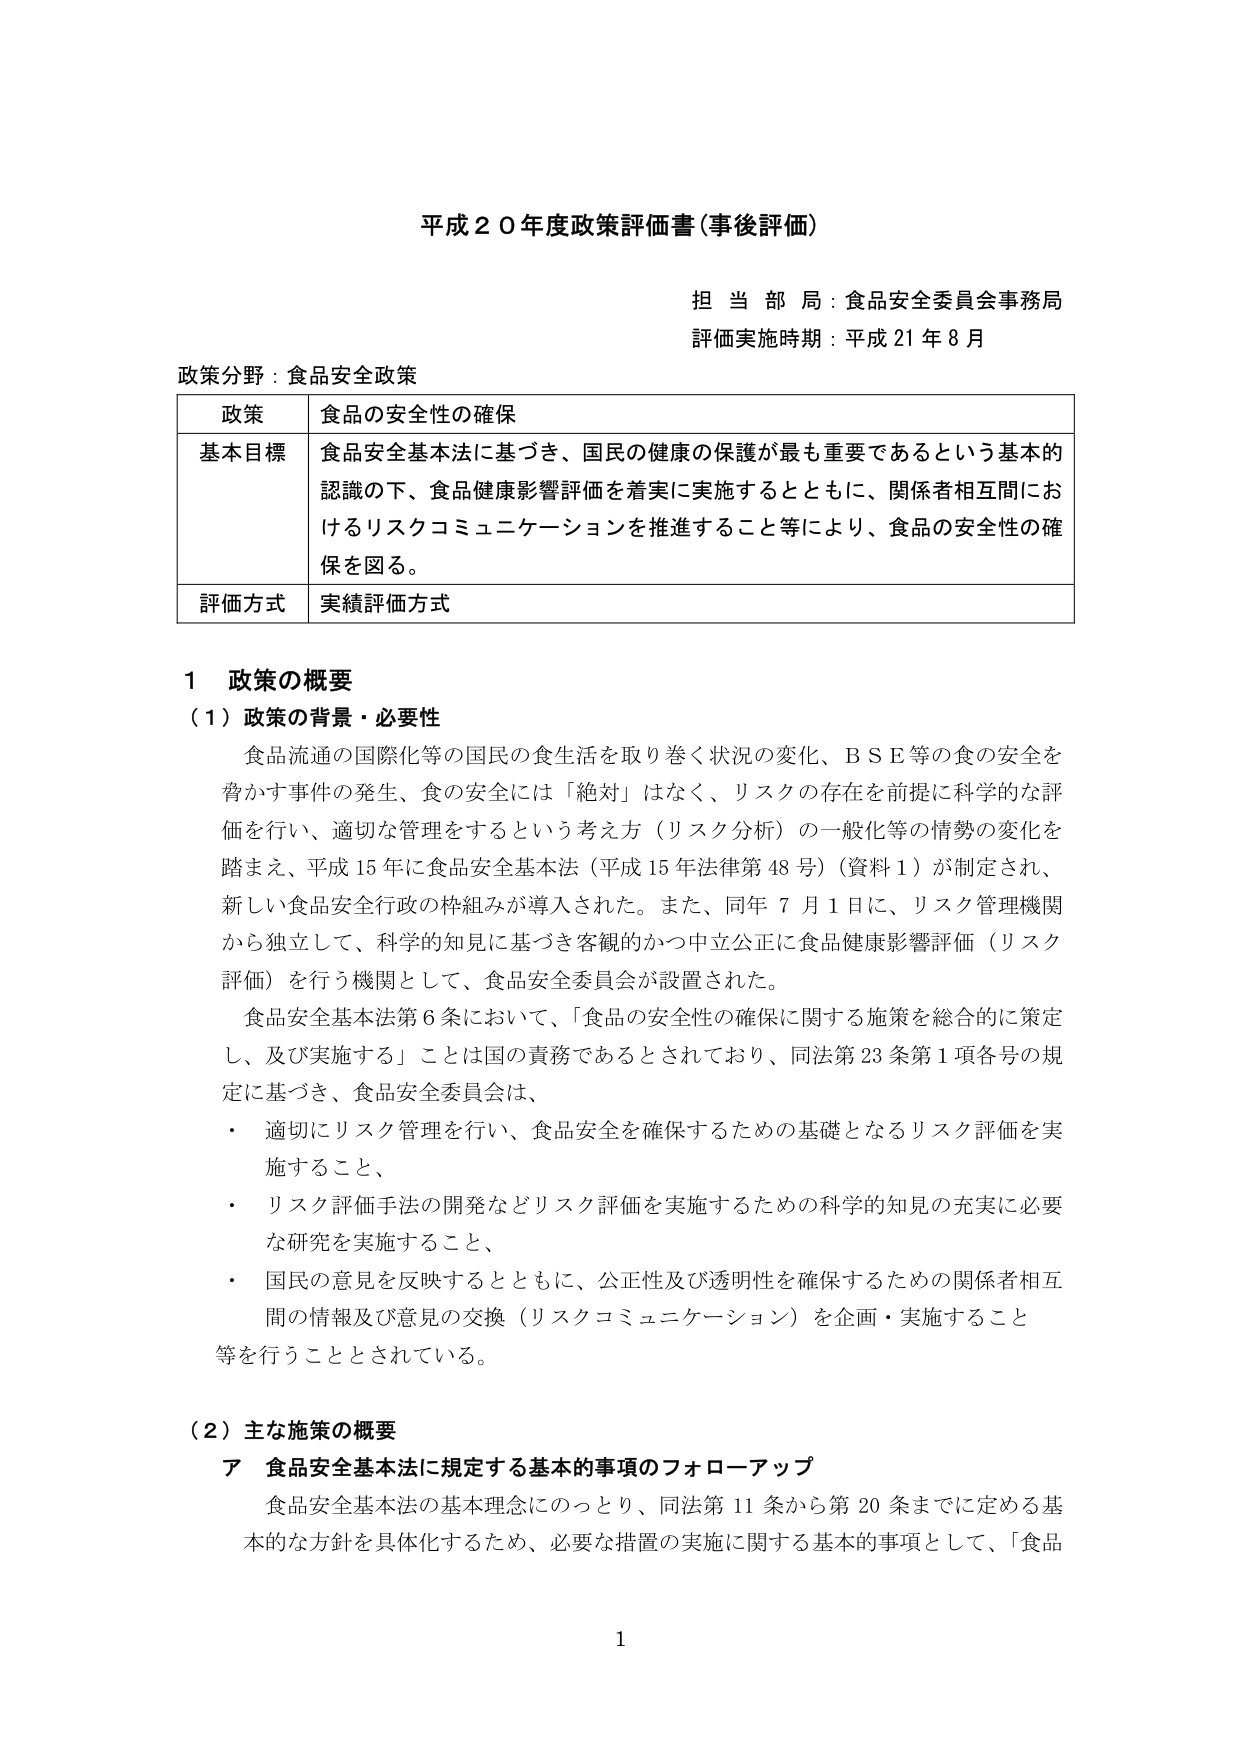
平成２０年度政策評価書（事後評価）

担当部局：食品安全委員会事務局
評価実施時期：平成21年8月

政策分野：食品安全政策

| 政策 | 食品の安全性の確保 |
|------|------------------|
| 基本目標 | 食品安全基本法に基づき、国民の健康の保護が最も重要であるという基本的認識の下、食品健康影響評価を着実に実施するとともに、関係者相互間におけるリスクコミュニケーションを推進すること等により、食品の安全性の確保を図る。 |
| 評価方式 | 実績評価方式 |

1 政策の概要
（1）政策の背景・必要性
食品流通の国際化等の国民の食生活を取り巻く状況の変化、ＢＳＥ等の食の安全を脅かす事件の発生、食の安全には「絶対」はなく、リスクの存在を前提に科学的な評価を行い、適切な管理をするという考え方（リスク分析）の一般化等の情勢の変化を踏まえ、平成15年に食品安全基本法（平成15年法律第48号）（資料1）が制定され、新しい食品安全行政の枠組みが導入された。また、同年7月1日に、リスク管理機関から独立して、科学的知見に基づき客観的かつ中立公正に食品健康影響評価（リスク評価）を行う機関として、食品安全委員会が設置された。
食品安全基本法第6条において、「食品の安全性の確保に関する施策を総合的に策定し、及び実施する」ことは国の責務であるとされており、同法第23条第1項各号の規定に基づき、食品安全委員会は、
・ 適切にリスク管理を行い、食品安全を確保するための基礎となるリスク評価を実施すること、
・ リスク評価手法の開発などリスク評価を実施するための科学的知見の充実に必要な研究を実施すること、
・ 国民の意見を反映するとともに、公正性及び透明性を確保するための関係者相互間の情報及び意見の交換（リスクコミュニケーション）を企画・実施すること
等を行うこととされている。

（2）主な施策の概要
ア 食品安全基本法に規定する基本的事項のフォローアップ
食品安全基本法の基本理念にのっとり、同法第11条から第20条までに定める基本的な方針を具体化するため、必要な措置の実施に関する基本的事項として、「食品

1